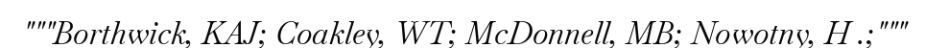
"""Borthwick, KAJ; Coakley, WT; McDonnell, MB; Nowotny, H .;"""